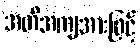
အတိအကျအားဖြင့်